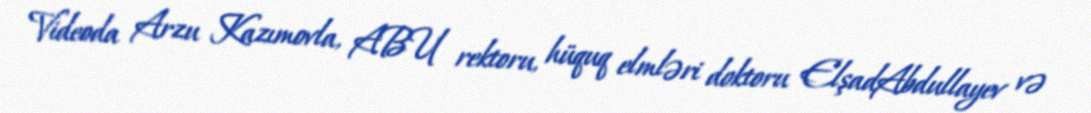
Videoda Arzu Kazımovla, ABU rektoru, hüquq elmləri doktoru ElşadAbdullayev və